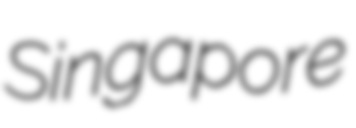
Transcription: Singapore